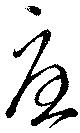
憂